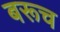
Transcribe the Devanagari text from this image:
बरूच